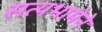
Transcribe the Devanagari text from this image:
सत्यभामेने